NAE_kihelkonnakohtute_kirjad_ja_protokollid_1869-1889, lk 2
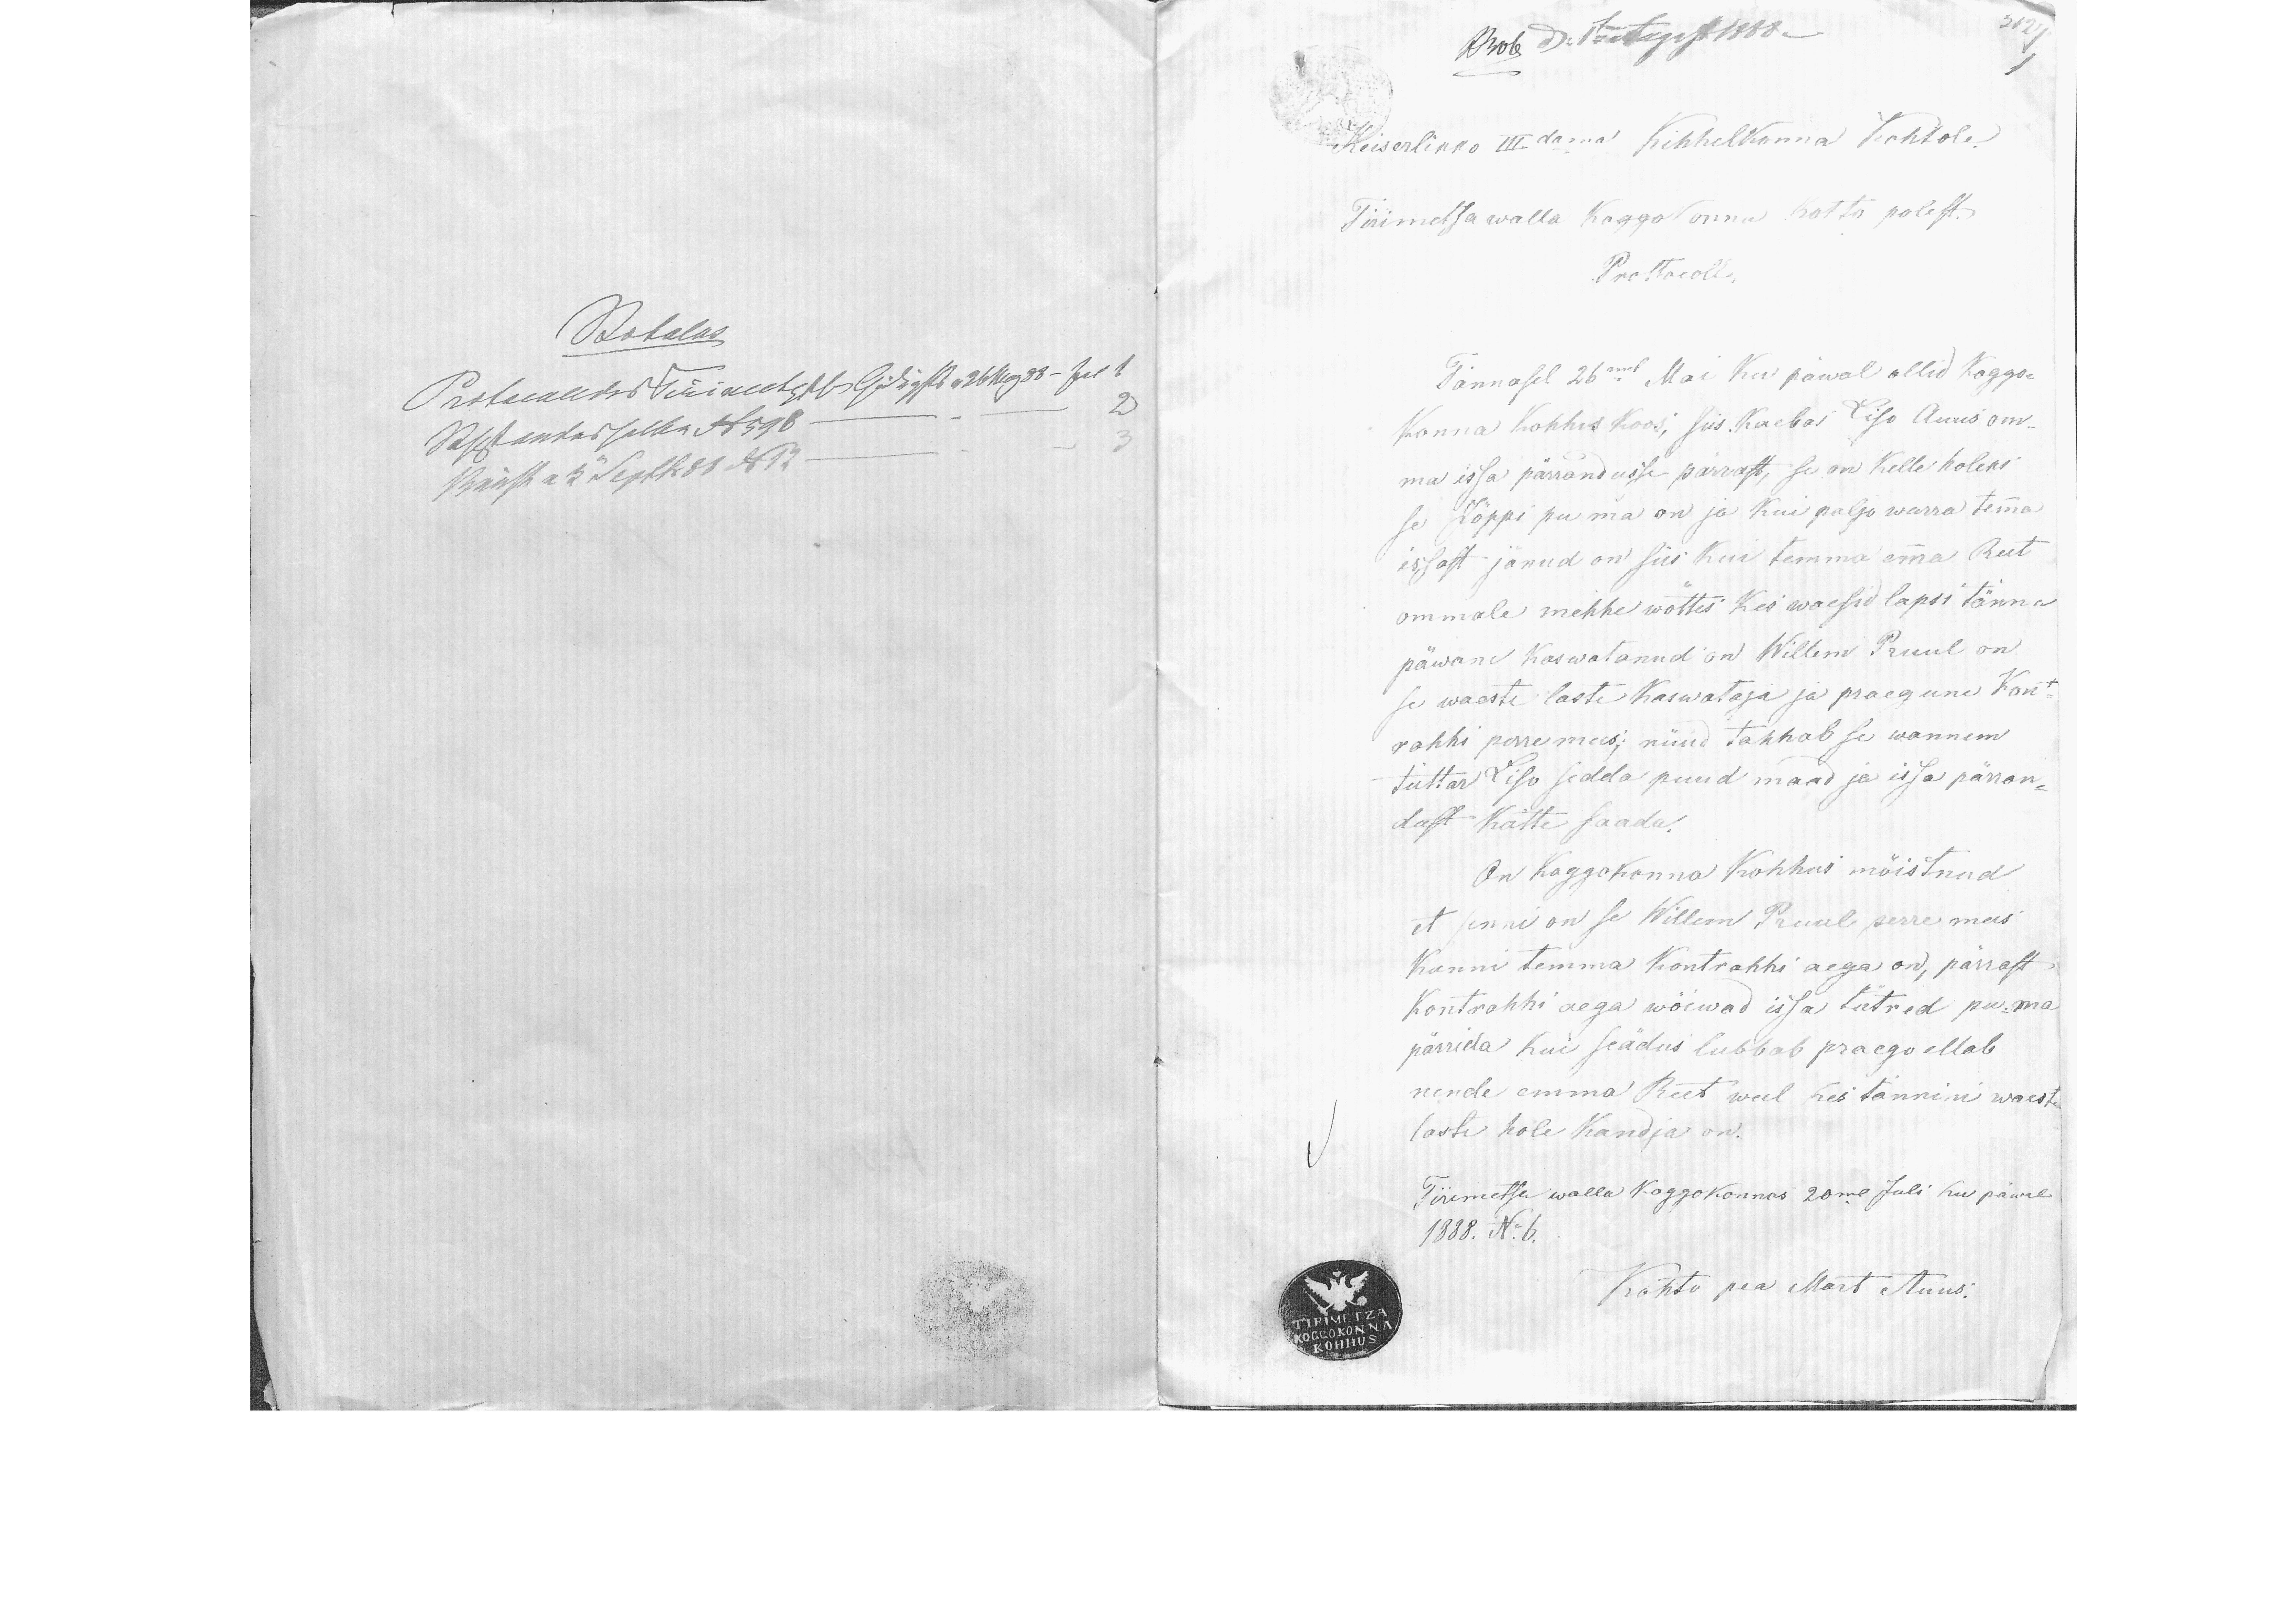
Keiserlikko III-damal Kihhelkonna Kohtole
Tirimetsa walla Koggokonna Kohtu polest.
Prottocoll
Tännasel 26mal Mai Ku päwal ollid koggo-
Konna Kohhus Koos, siis Kaebas Liso Auus om-
ma issa pärandusse pärrast, se on Kelle holeks
se Löppi pu ma on ja kui paljo warra tema
issast jänud on siis kui temma oma Reet
ommale mehhe wõttes Kes waesid lapsi tänna
päwani Kaswatanud on Willem Pruul on
se waaste laste kaswataja ja praegune Kont-
rahhi perremees; nüüd tahhab se wannem
tüttar Liso sedda puud maad ja issa päran-
dust Kätte saada.
On Koggokonna Kohhus mõistnud
et senni on se Willem Puul perremees
Kunni temma Kontrahhi aega on, pärrast
Kontrahhi aega wõewad issa tütred pu-ma
pärrida kui seadus lubbab praego ellab
nende emma Reet weel kes tänini waeste
laste hole Kandja on.
Tirimetsa walla koggokonnas 20mal Juli Ku päwal
1888. N:6.
Kohto pea Mart Auus.